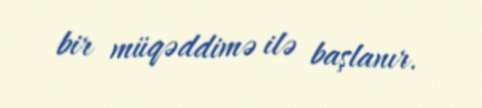
bir müqəddimə ilə başlanır.